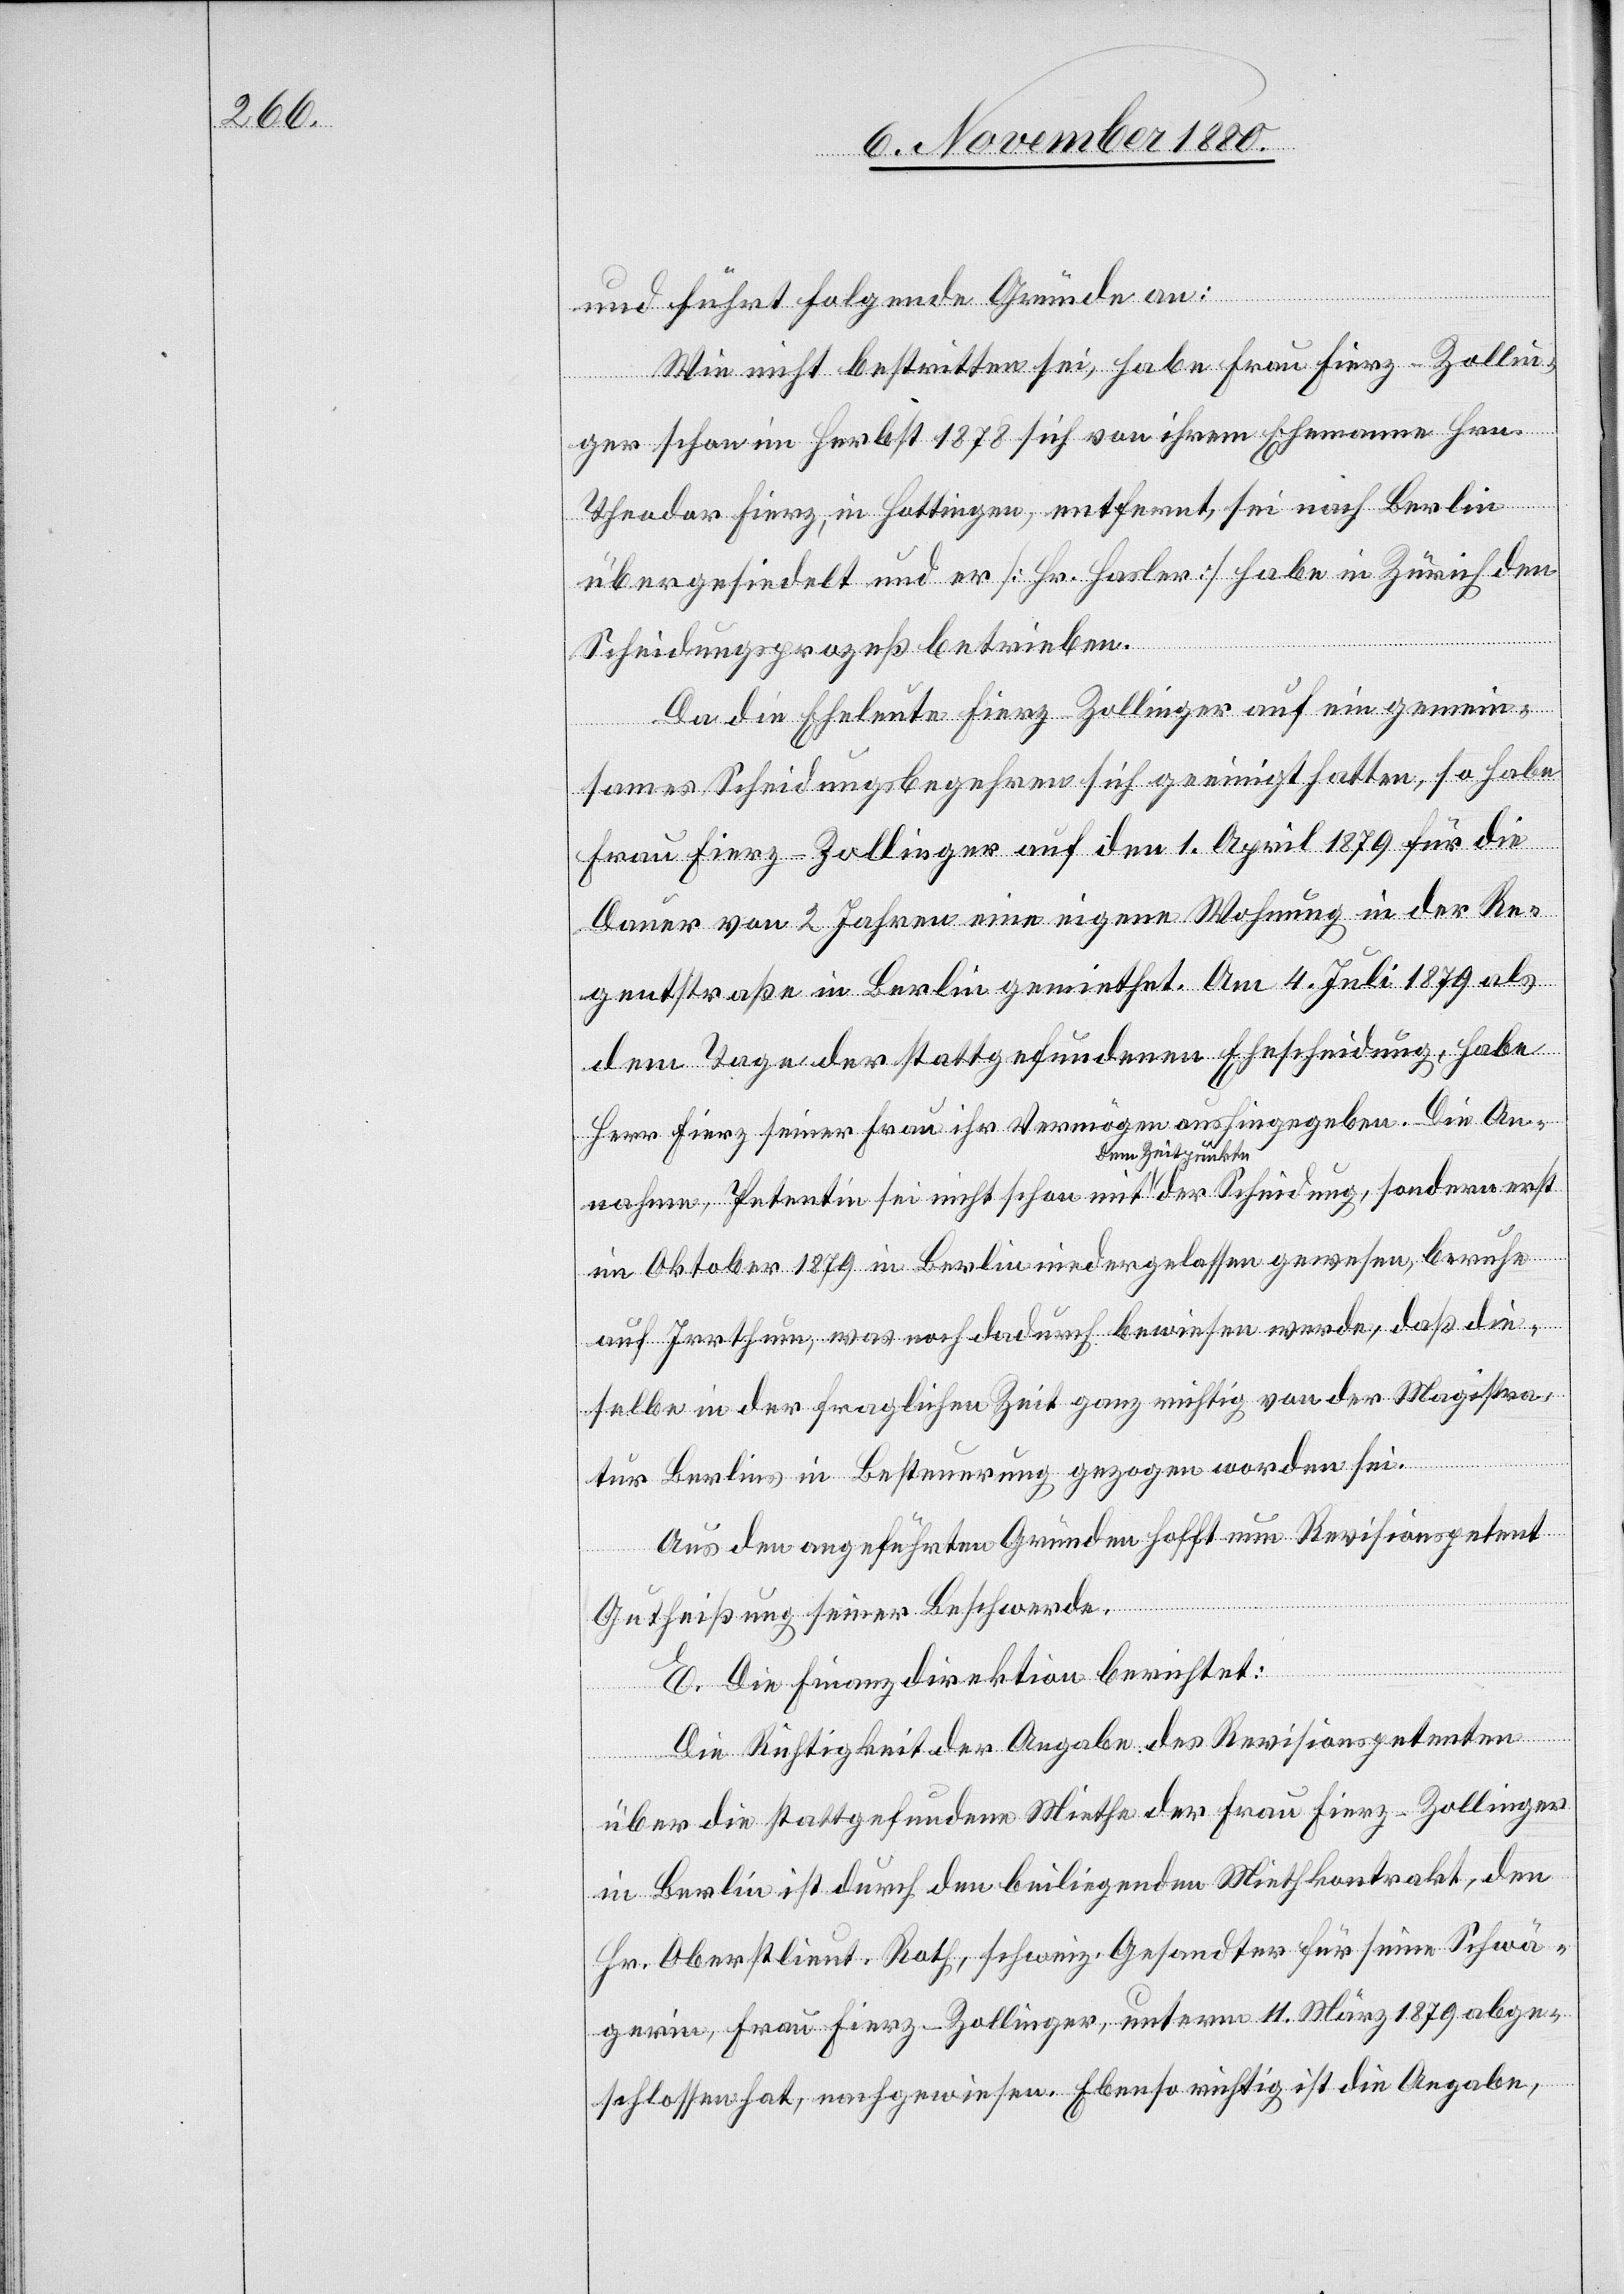
und führt folgende Gründe an:
Wie nicht bestritten sei, habe Frau Fierz-Zollin¬
ger schon im Herbst 1878 sich von ihrem Ehemanne Hrn.
Theodor Fierz, in Hottingen, entfernt, sei nach Berlin
übergesiedelt und er [Hr. Hasler] habe in Zürich den
Scheidungsprozeß betrieben.
Da die Eheleute Fierz-Zollinger auf ein gemein¬
sames Scheidungsbegehren sich geeinigt hatten, so habe
Frau Fierz-Zollinger auf den 1. April 1879 für die
Dauer von 2 Jahren eine eigene Wohnung in der Re¬
gentstraße in Berlin gemiethet. Am 4. Juli 1879 als
dem Tage der stattgefundenen Ehescheidung, habe
Herr Fierz seiner Frau ihr Vermögen aushingegeben. die An¬
nahme, Petentin sei nicht schon mit dem Zeitpunkte der Scheidung, sondern erst
im Oktober 1879 in Berlin niedergelassen gewesen, beruhe
auf Irrthum, was noch dadurch bewiesen werde, daß die¬
selbe in der fraglichen Zeit ganz richtig von der Magistra¬
tur Berlin in Besteuerung gezogen worden sei.
Aus den angeführten Gründen hofft nun Revisionspetent
Gutheißung seiner Beschwerde.
E. Die Finanzdirektion berichtet:
Die Richtigkeit der Angabe des Revisionspetenten
über die stattgefundene Miethe der Frau Fierz-Zollinger
in Berlin ist durch den beiliegenden Miethkontrakt, den
Hr. Oberstlieut. Roth, schweiz. Gesandter für seine Schwä¬
gerin, Frau Fierz-Zollinger, unterm 11. März 1879 abge¬
schlossen hat, nachgewiesen. Ebenso richtig ist die Angabe,